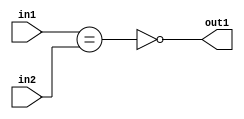
`timescale 1ps / 1ps
/*****************************************************************************
    Verilog RTL Description
    
    
    Created by: Stratus DpOpt 2019.1.01 
*******************************************************************************/

module feature_write_addr_gen_NotEQ_3Ux3U_1U_1 (
	in2,
	in1,
	out1
	); /* architecture "behavioural" */ 
input [2:0] in2,
	in1;
output  out1;
wire  asc001,
	asc002;

assign asc002 = (in1==in2);

assign asc001 = 
	((~asc002));

assign out1 = asc001;
endmodule

/* CADENCE  ubTxTgg= : u9/ySgnWtBlWxVPRXgAZ4Og= ** DO NOT EDIT THIS LINE ******/